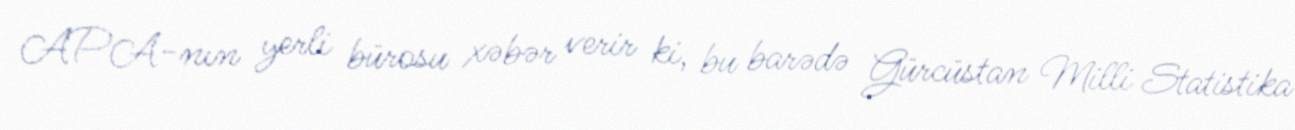
APA-nın yerli bürosu xəbər verir ki, bu barədə Gürcüstan Milli Statistika